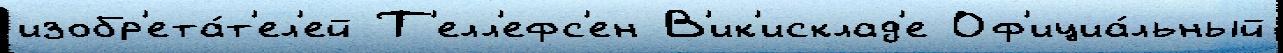
изобр'ета́т'ел'ей Т'елл'ефс'ен В'ик'исклад'е Оф'ициа́льный